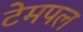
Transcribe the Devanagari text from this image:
टेमपल